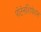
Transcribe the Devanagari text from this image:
पोटेनशियेशन